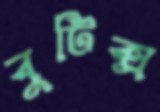
বুটিক্স